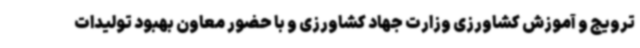
ترویج و آموزش کشاورزی وزارت جهاد کشاورزی و با حضور معاون بهبود تولیدات